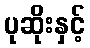
ပုဆိုးနှင့်